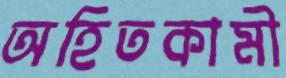
অহিতকামী